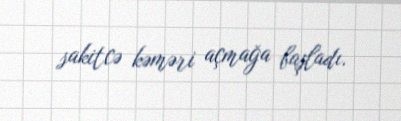
sakitcə kəməri açmağa başladı.